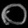
Digit: ၀